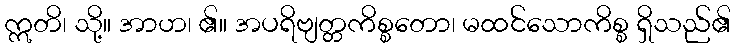
ဣတိ၊ သို့။ အာဟ၊ ၏။ အပရိဗျတ္တကိစ္စတော၊ မထင်သောကိစ္စ ရှိသည်၏